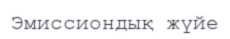
Эмиссиондық жүйе